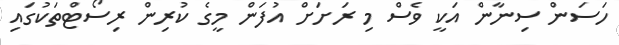
ހަސަން ސިނާން އަކީ ވެސް މި ރަށަށް އުފަން މީގެ ކުރިން ރިސޯޓްތަކުގައި